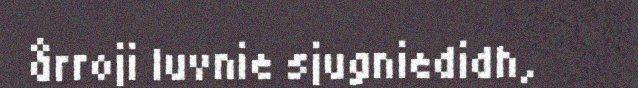
årroji luvnie sjugniedidh,